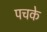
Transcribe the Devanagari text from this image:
पचके